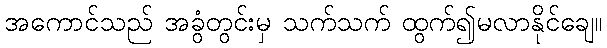
အကောင်သည် အခွံတွင်းမှ သက်သက် ထွက်၍မလာနိုင်ချေ။